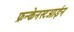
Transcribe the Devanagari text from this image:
फ्रन्केनस्टआईन